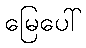
မြေပေါ်